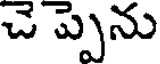
చె ప్పెను